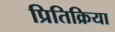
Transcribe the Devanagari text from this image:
प्रितिक्रिया